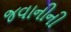
જવાનીની